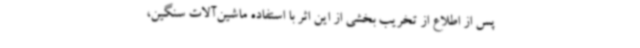
پس از اطلاع از تخریب بخشی از این اثر با استفاده ماشین‌آلات سنگین،